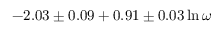
- 2 . 0 3 \pm 0 . 0 9 + 0 . 9 1 \pm 0 . 0 3 \ln \omega